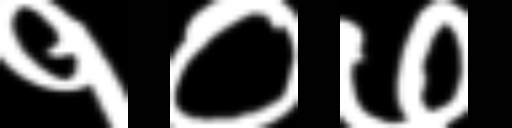
Text: १०७